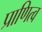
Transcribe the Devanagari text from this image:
प्राणित्व